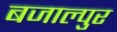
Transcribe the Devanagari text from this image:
बजाल्पुर